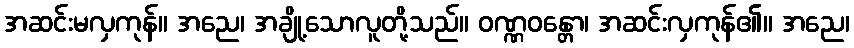
အဆင်းမလှကုန်။ အညေ၊ အချို့သောလူတို့သည်။ ဝဏ္ဏဝန္တော၊ အဆင်းလှကုန်၏။ အညေ၊